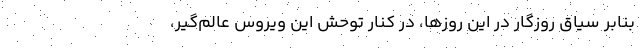
بنابر سیاق روزگار در این روزها، در کنار توحش این ویروس عالم‌گیر،